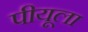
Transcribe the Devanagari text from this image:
पीयूला